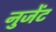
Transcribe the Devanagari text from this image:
नुजेंट